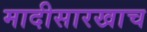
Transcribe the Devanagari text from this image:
मादीसारखाच